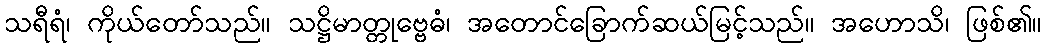
သရီရံ၊ ကိုယ်တော်သည်။ သဋ္ဌိမာတ္တုဗ္ဗေဓံ၊ အတောင်ခြောက်ဆယ်မြင့်သည်။ အဟောသိ၊ ဖြစ်၏။